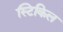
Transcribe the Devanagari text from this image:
स्टिकिल